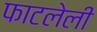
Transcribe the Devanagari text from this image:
फाटलेली